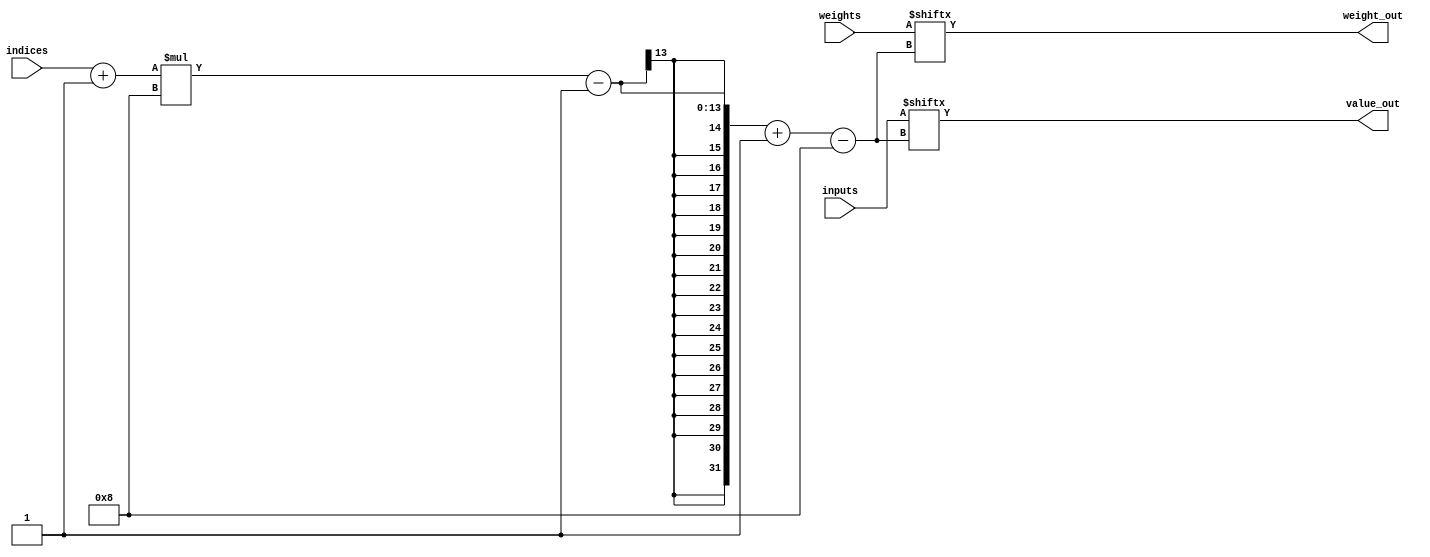
`timescale 1ns / 1ps

module input_select_module# (parameter INPUT_COUNT=8) (input [INPUT_COUNT*8-1:0] inputs, input [INPUT_COUNT*8-1:0] weights,input [7:0] indices, output [7:0] value_out,output [7:0] weight_out);

	assign weight_out = weights[(indices+1)*8-1 -: 8];
	assign value_out = inputs[(indices+1)*8-1 -: 8];

endmodule